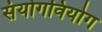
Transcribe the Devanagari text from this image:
संयोगवियोग